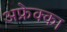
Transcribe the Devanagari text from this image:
अफ्रेक्का